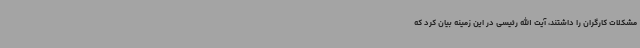
مشکلات کارگران را داشتند، آیت الله رئیسی در این زمینه بیان کرد که